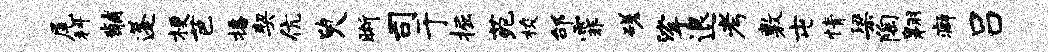
尾科黼蓬梗芭播契伉臾晰司于掘苑梭邰霏磋挲退考敷屯情梁陶翱癖吕